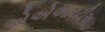
એએઆરટીઆઇ